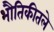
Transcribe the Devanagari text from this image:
भौतिकीतले